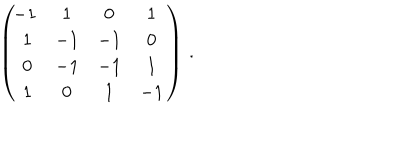
\left( \begin{matrix} { { - 1 } } & { { 1 } } & { { 0 } } & { { 1 } } \\ { { 1 } } & { { - 1 } } & { { - 1 } } & { { 0 } } \\ { { 0 } } & { { - 1 } } & { { - 1 } } & { { 1 } } \\ { { 1 } } & { { 0 } } & { { 1 } } & { { - 1 } } \\ \end{matrix} \right) \, .